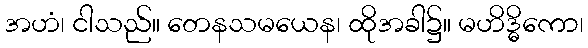
အဟံ၊ ငါသည်။ တေနသမယေန၊ ထိုအခါ၌။ မဟိဒ္ဓိကော၊